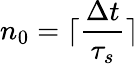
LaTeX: n_{0}=\lceil\frac{\Delta t}{\tau_{s}}\rceil